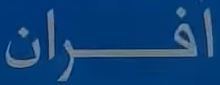
افران